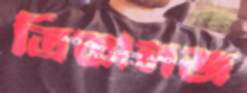
ত্রিকালজ্ঞ